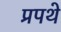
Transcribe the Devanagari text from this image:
प्रपथे